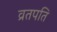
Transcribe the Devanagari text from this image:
व्रतपति